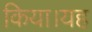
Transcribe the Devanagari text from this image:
किया।यह